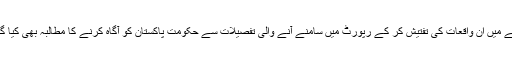
مراسلے میں ان واقعات کی تفتیش کر کے رپورٹ میں سامنے آنے والی تفصیلات سے حکومت پاکستان کو آگاہ کرنے کا مطالبہ بھی کیا گیا ہے۔